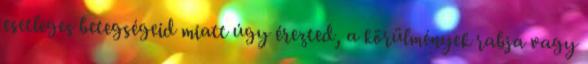
esetleges betegségeid miatt úgy érezted, a körülmények rabja vagy